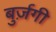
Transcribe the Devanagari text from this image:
बुर्ज़गी